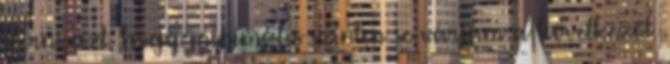
elérni azt, hogy minimális szinten se várjam a következőt.